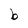
Character: b